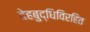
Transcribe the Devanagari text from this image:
देहबुद्धिविरहित